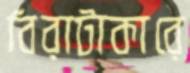
বিরাটাকারে